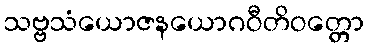
သဗ္ဗသံယောဇနယောဂဝီတိဝတ္တော